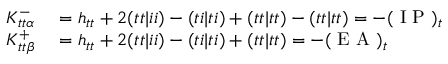
\begin{array} { r l } { K _ { t t \alpha } ^ { - } } & { { } = h _ { t t } + 2 ( t t | i i ) - ( t i | t i ) + ( t t | t t ) - ( t t | t t ) = - ( \mathrm { ~ I ~ P ~ } ) _ { t } } \\ { K _ { t t \beta } ^ { + } } & { { } = h _ { t t } + 2 ( t t | i i ) - ( t i | t i ) + ( t t | t t ) = - ( \mathrm { ~ E ~ A ~ } ) _ { t } } \end{array}